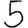
Digit: 5